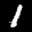
Label: 1